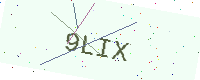
Text: 9LIX